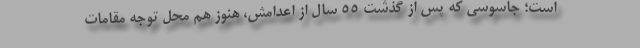
است؛ جاسوسی که پس از گذشت 55 سال از اعدامش، هنوز هم محل توجه مقامات